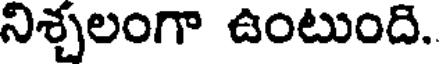
నిశ్చలంగా ఉంటుంది.